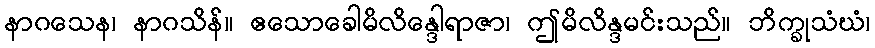
နာဂသေန၊ နာဂသိန်။ ဧသောခေါမိလိန္ဒေါရာဇာ၊ ဤမိလိန္ဒမင်းသည်။ ဘိက္ခုသံဃံ၊